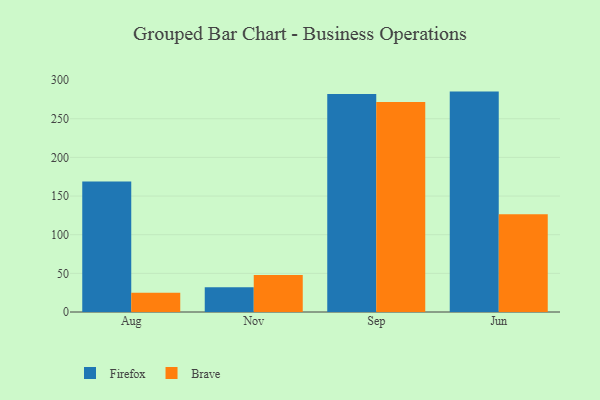
{"axis": {"x": "Month", "y": "Active Users"}, "legend": ["Brave", "Firefox"], "data": [{"x": "Aug", "y": 168.7, "type": "Firefox"}, {"x": "Aug", "y": 24.9, "type": "Brave"}, {"x": "Nov", "y": 32.1, "type": "Firefox"}, {"x": "Nov", "y": 47.8, "type": "Brave"}, {"x": "Sep", "y": 282.0, "type": "Firefox"}, {"x": "Sep", "y": 271.6, "type": "Brave"}, {"x": "Jun", "y": 285.1, "type": "Firefox"}, {"x": "Jun", "y": 126.4, "type": "Brave"}]}